Kohila_vallavalitsus, lk 15
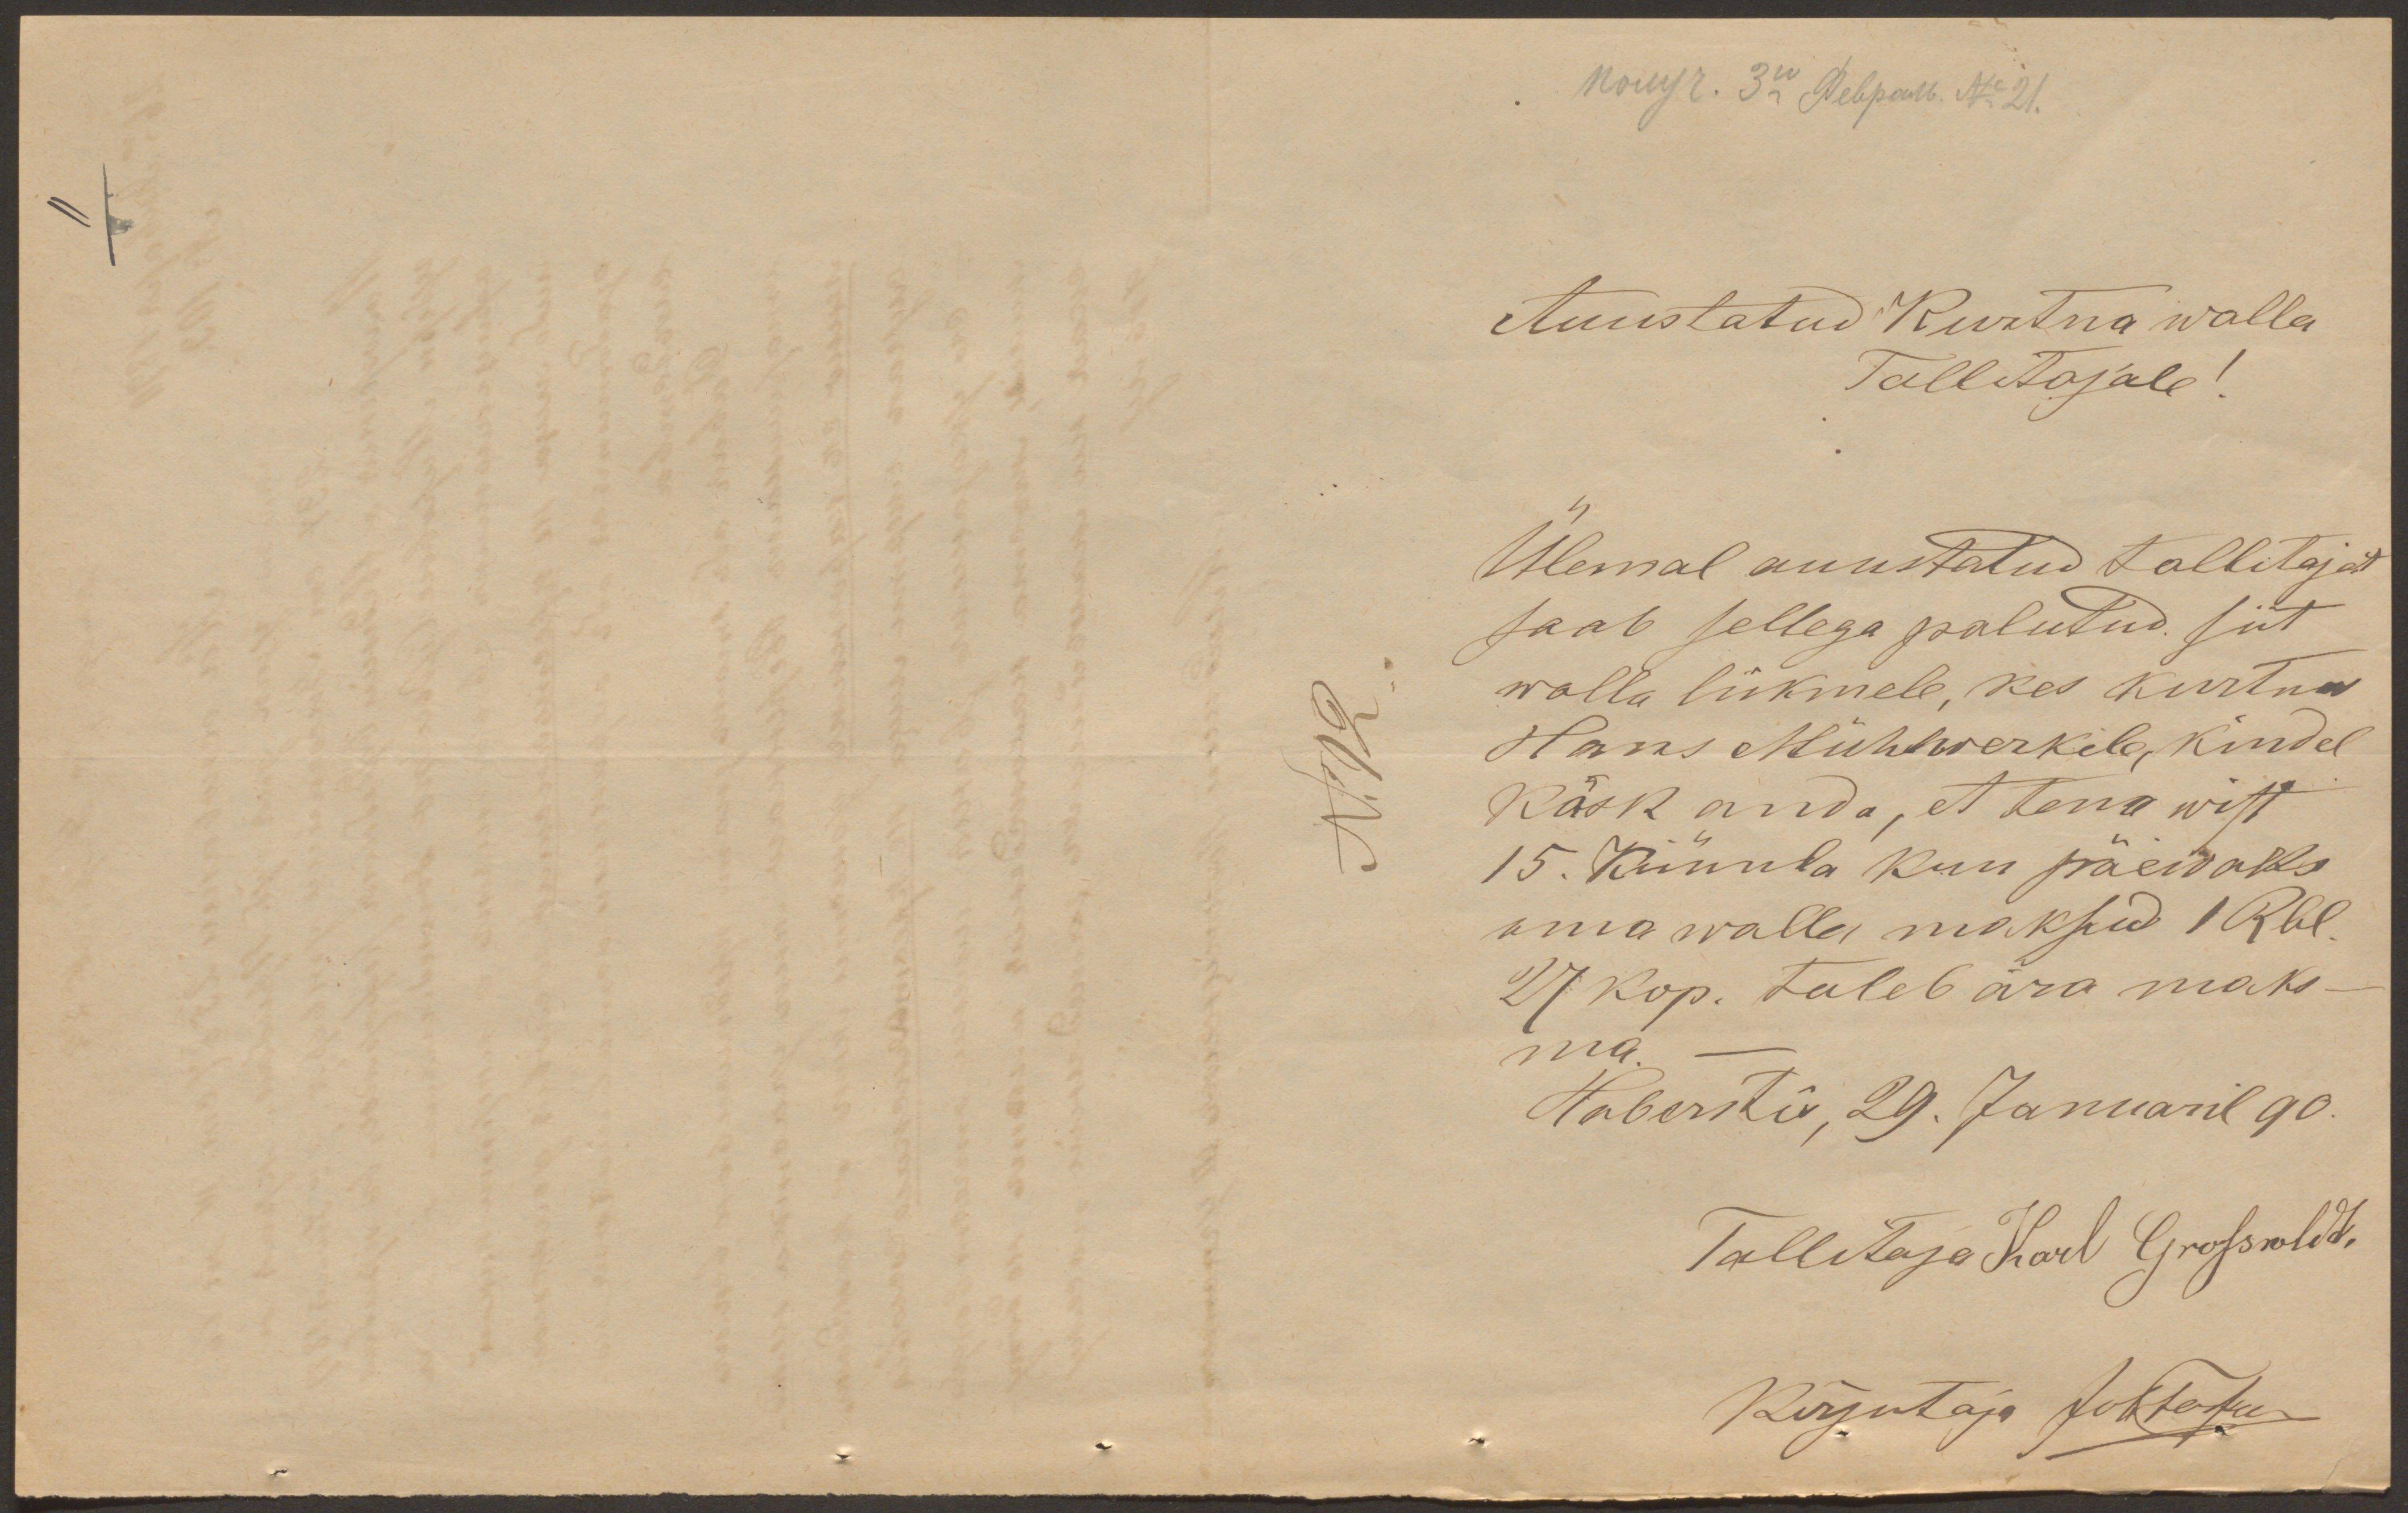
Auustatud Kurtna walla
Tallitajale!
Ülemal auustatud tallitajat
saab sellega palutud siit
walla liikmele, kes kurtna
Hans Mühlwerkile, kindel
käsk anda, et tema wist
15. Künnla kuu päewaks
oma walla maksud 1 Rbl.
27 Kop. tuleb ära maks-
ma.
Haberstis, 29. Januaril 90.
Tallitaja Karl Grosswldt.
Kirjutaja Johtobuse

N. 12